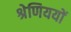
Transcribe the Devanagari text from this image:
श्रेणिययों